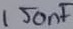
Text: 150nF